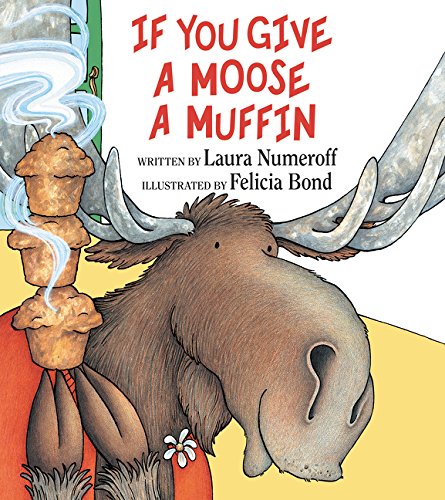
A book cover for If You Give a Moose a Muffin; Laura Numeroff; Children's Books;